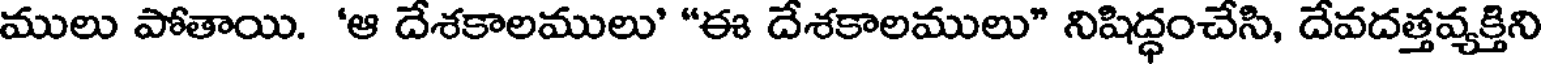
ములు పోతాయి. 'ఆ దేశకాలములు' "ఈ దేశకాలములు" నిషిద్ధంచేసి, దేవదత్తవ్యక్తిని